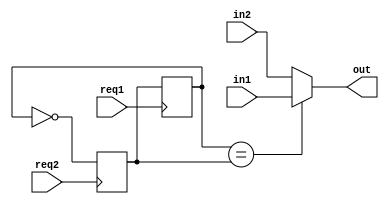
`timescale 1ns / 1ps
//////////////////////////////////////////////////////////////////////////////////
//
// Module Name: MUX2
// Description: When req1 rises, in1 -> out.
//              When req2 rises, in2 -> out.
// Dependencies: 
// 
// Revision:
// Revision 0.01 - File Created
// Additional Comments: not recommended to use, because it doesn't have a feedback signal,
//                      which may cause error.
// 
//////////////////////////////////////////////////////////////////////////////////


module MUX2 #(parameter Width=32,parameter defaultValue=0) (req1,req2,in1,in2,out);
input req1,req2;
input [Width-1:0] in1,in2;
output wire [Width-1:0] out;
wire req;
wire sel;
reg sel1=1'b0,sel2=defaultValue;  // 0:choose in1, 1:choose in2

assign out=sel?in1:in2;
assign sel=(sel1==sel2);

always@(posedge req1) sel1<=sel2;
always@(posedge req2) sel2<=~sel1;

endmodule